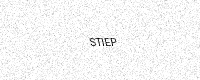
Text: STIEP